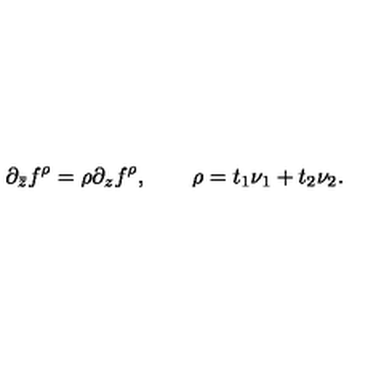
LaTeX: \partial _ { \bar { z } } f ^ { \rho } = \rho \partial _ { z } f ^ { \rho } , \qquad \rho = t _ { 1 } \nu _ { 1 } + t _ { 2 } \nu _ { 2 } .